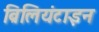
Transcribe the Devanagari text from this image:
ब्रिलियंटाइन